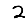
Digit: 2